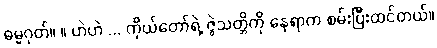
ဓမ္မဂုတ်။ ။ ဟဲဟဲ ... ကိုယ်တော်ရဲ့ ဇွဲသတ္တိကို နေရာက စမ်းပြီးထင်တယ်။